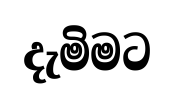
දැමිමට